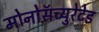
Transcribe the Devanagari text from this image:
मोनोसॅच्युरेटेड